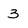
Character: 3